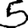
Digit: 5